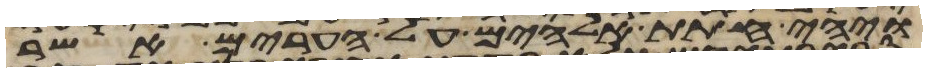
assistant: ויהי חתת אלהים על הערים אשר